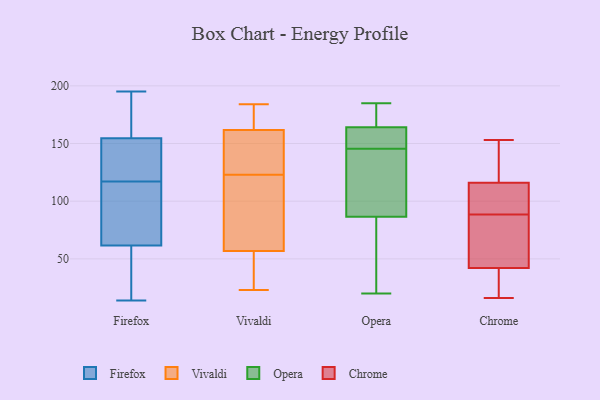
{"axis": {"x": "Budget (USD K)", "y": "Value"}, "legend": ["Chrome", "Firefox", "Opera", "Vivaldi"], "data": [{"x": "", "y": 117, "type": "Firefox"}, {"x": "", "y": 15, "type": "Firefox"}, {"x": "", "y": 124, "type": "Firefox"}, {"x": "", "y": 195, "type": "Firefox"}, {"x": "", "y": 69, "type": "Firefox"}, {"x": "", "y": 185, "type": "Firefox"}, {"x": "", "y": 45, "type": "Firefox"}, {"x": "", "y": 43, "type": "Firefox"}, {"x": "", "y": 14, "type": "Firefox"}, {"x": "", "y": 94, "type": "Firefox"}, {"x": "", "y": 145, "type": "Firefox"}, {"x": "", "y": 153, "type": "Firefox"}, {"x": "", "y": 143, "type": "Firefox"}, {"x": "", "y": 159, "type": "Firefox"}, {"x": "", "y": 172, "type": "Firefox"}, {"x": "", "y": 67, "type": "Firefox"}, {"x": "", "y": 107, "type": "Firefox"}, {"x": "", "y": 164, "type": "Vivaldi"}, {"x": "", "y": 123, "type": "Vivaldi"}, {"x": "", "y": 178, "type": "Vivaldi"}, {"x": "", "y": 161, "type": "Vivaldi"}, {"x": "", "y": 38, "type": "Vivaldi"}, {"x": "", "y": 93, "type": "Vivaldi"}, {"x": "", "y": 23, "type": "Vivaldi"}, {"x": "", "y": 184, "type": "Vivaldi"}, {"x": "", "y": 94, "type": "Vivaldi"}, {"x": "", "y": 34, "type": "Vivaldi"}, {"x": "", "y": 63, "type": "Vivaldi"}, {"x": "", "y": 159, "type": "Vivaldi"}, {"x": "", "y": 128, "type": "Vivaldi"}, {"x": "", "y": 147, "type": "Opera"}, {"x": "", "y": 20, "type": "Opera"}, {"x": "", "y": 181, "type": "Opera"}, {"x": "", "y": 94, "type": "Opera"}, {"x": "", "y": 107, "type": "Opera"}, {"x": "", "y": 145, "type": "Opera"}, {"x": "", "y": 185, "type": "Opera"}, {"x": "", "y": 185, "type": "Opera"}, {"x": "", "y": 76, "type": "Opera"}, {"x": "", "y": 79, "type": "Opera"}, {"x": "", "y": 146, "type": "Opera"}, {"x": "", "y": 147, "type": "Opera"}, {"x": "", "y": 153, "type": "Chrome"}, {"x": "", "y": 95, "type": "Chrome"}, {"x": "", "y": 72, "type": "Chrome"}, {"x": "", "y": 48, "type": "Chrome"}, {"x": "", "y": 42, "type": "Chrome"}, {"x": "", "y": 88, "type": "Chrome"}, {"x": "", "y": 108, "type": "Chrome"}, {"x": "", "y": 39, "type": "Chrome"}, {"x": "", "y": 99, "type": "Chrome"}, {"x": "", "y": 37, "type": "Chrome"}, {"x": "", "y": 132, "type": "Chrome"}, {"x": "", "y": 149, "type": "Chrome"}, {"x": "", "y": 79, "type": "Chrome"}, {"x": "", "y": 20, "type": "Chrome"}, {"x": "", "y": 89, "type": "Chrome"}, {"x": "", "y": 16, "type": "Chrome"}, {"x": "", "y": 150, "type": "Chrome"}, {"x": "", "y": 116, "type": "Chrome"}]}